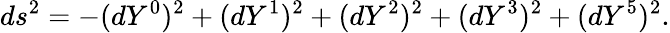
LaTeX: ds^{2}=-(dY^{0})^{2}+(dY^{1})^{2}+(dY^{2})^{2}+(dY^{3})^{2}+(dY^{5})^{2}.